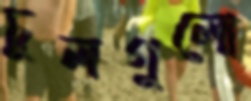
চুলগুলো